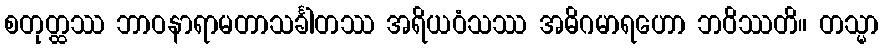
စတုတ္ထဿ ဘာဝနာရာမတာသင်္ခါတဿ အရိယဝံသဿ အဓိဂမာရဟော ဘဝိဿတိ။ တသ္မာ